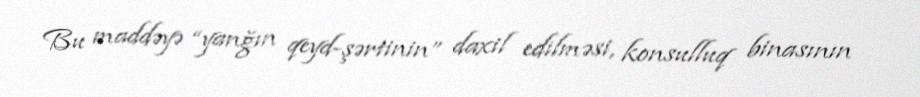
Bu maddəyə “yanğın qeyd-şərtinin” daxil edilməsi, konsulluq binasının